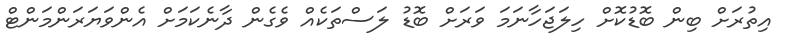
އިތުރަށް ބިން ބޮޑުކޮށް ހިލަޖަހާނަމަ ވަރަށް ބޮޑު ލަސްތަކެއް ވެގެން ދާނެކަމަށް އެންވަޔަރަންމަންޓް